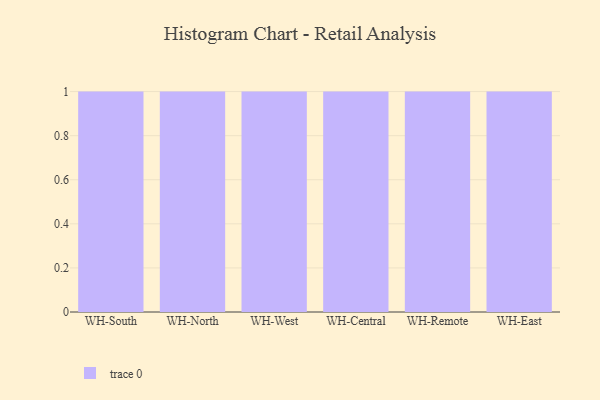
{"axis": {"x": "Warehouse", "y": "Customer Acquisition Cost (USD)"}, "legend": [""], "data": [{"x": "WH-South", "y": 99, "type": ""}, {"x": "WH-North", "y": 84, "type": ""}, {"x": "WH-West", "y": 76, "type": ""}, {"x": "WH-Central", "y": 21, "type": ""}, {"x": "WH-Remote", "y": 26, "type": ""}, {"x": "WH-East", "y": 67, "type": ""}]}